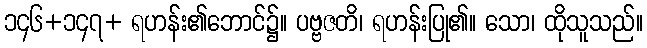
၁၄၆+၁၄၇+ ရဟန်း၏ဘောင်၌။ ပဗ္ဗဇတိ၊ ရဟန်းပြု၏။ သော၊ ထိုသူသည်။